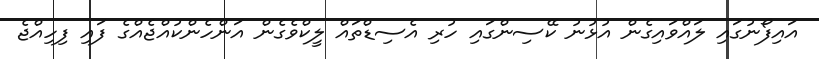
އައިފޯނުގައި ލައްވައިގެން އުޅުނު ކޭސިންގައި ހުރި އެސިޑްތައް ލީކްވެގެން އަންހެންކުއްޖެއްގެ ފައި ފިހިއްޖެ